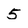
Character: 5